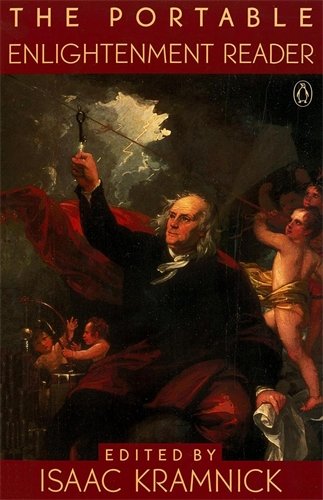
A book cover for The Portable Enlightenment Reader (Portable Library); Isaac Kramnick; Politics & Social Sciences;